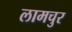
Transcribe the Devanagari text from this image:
लामचुर